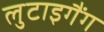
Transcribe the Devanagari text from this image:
लुटाइगैंग